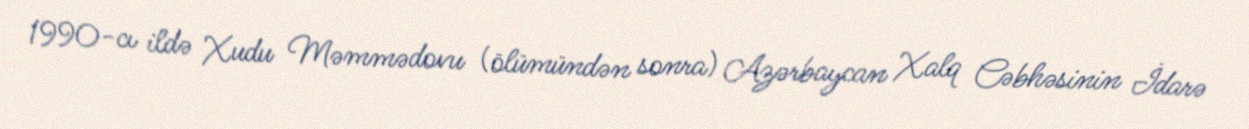
1990-cı ildə Xudu Məmmədovu (ölümündən sonra) Azərbaycan Xalq Cəbhəsinin İdarə